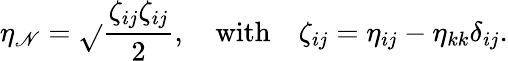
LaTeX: \eta_{\mathscr{N}}=\sqrt{}{{\frac{{\zeta_{ij}\zeta_{ij}}}{{2}}}},\quad\mathrm{{with}}\quad\zeta_{ij}=\eta_{ij}-\eta_{kk}\delta_{ij}.